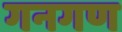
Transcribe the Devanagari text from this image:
गनगण